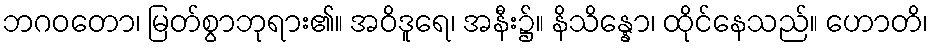
ဘဂဝတော၊ မြတ်စွာဘုရား၏။ အဝိဒူရေ၊ အနီး၌။ နိသိန္နော၊ ထိုင်နေသည်။ ဟောတိ၊